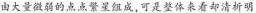
由大量微弱的点点繁星组成，可是整体来看却清析明